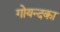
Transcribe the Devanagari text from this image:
गोयन्‍दका